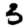
Digit: 3